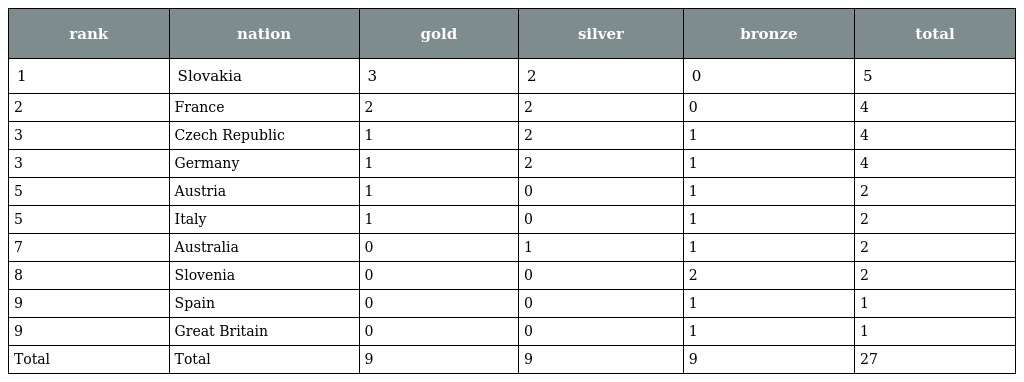
| rank | nation | gold | silver | bronze | total |
 | --- | --- | --- | --- | --- | --- |
 | 1 | Slovakia | 3 | 2 | 0 | 5 |
 | 2 | France | 2 | 2 | 0 | 4 |
 | 3 | Czech Republic | 1 | 2 | 1 | 4 |
 | 3 | Germany | 1 | 2 | 1 | 4 |
 | 5 | Austria | 1 | 0 | 1 | 2 |
 | 5 | Italy | 1 | 0 | 1 | 2 |
 | 7 | Australia | 0 | 1 | 1 | 2 |
 | 8 | Slovenia | 0 | 0 | 2 | 2 |
 | 9 | Spain | 0 | 0 | 1 | 1 |
 | 9 | Great Britain | 0 | 0 | 1 | 1 |
 | Total | Total | 9 | 9 | 9 | 27 |